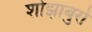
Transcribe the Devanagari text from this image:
शोझाबुरो